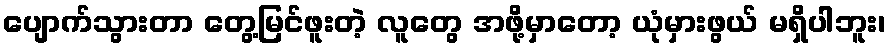
ပျောက်သွားတာ တွေ့မြင်ဖူးတဲ့ လူတွေ အဖို့မှာတော့ ယုံမှားဖွယ် မရှိပါဘူး၊